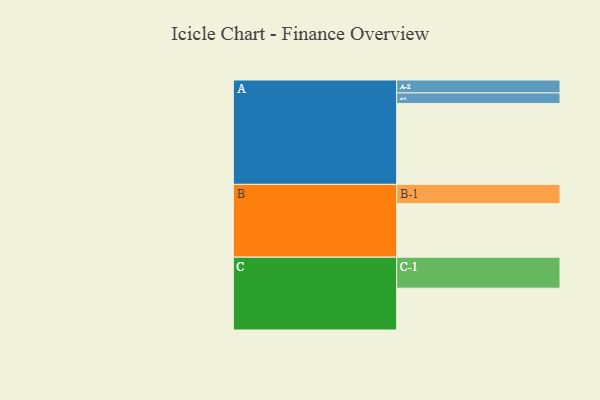
{"axis": {"x": "Segment", "y": "Value"}, "legend": ["", "A", "B", "C"], "data": [{"x": "A", "y": 600, "type": ""}, {"x": "B", "y": 397, "type": ""}, {"x": "C", "y": 310, "type": ""}, {"x": "A-1", "y": 78, "type": "A"}, {"x": "A-2", "y": 96, "type": "A"}, {"x": "B-1", "y": 143, "type": "B"}, {"x": "C-1", "y": 230, "type": "C"}]}